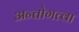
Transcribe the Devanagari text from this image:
अन्तोगत्वा